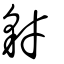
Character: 豺